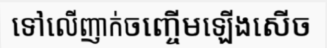
ទៅលើញាក់ចញ្ចើមឡើងសើច